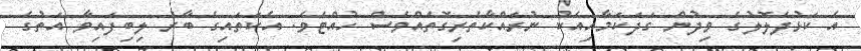
އެ ކަޅުދެލޮލުގެ ވިދުން ގަދަކަމާއިއެކު ނުރައްކާތެރިގޮތެއްވެސް ހުއްޓެވެ. އެކަތައިގެ ބާރު ލިބިފައިވާ އަތުގެ